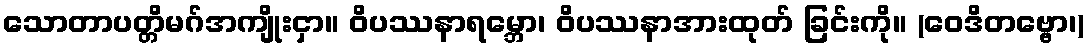
သောတာပတ္တိမဂ်အကျိုးငှာ။ ဝိပဿနာရမ္ဘော၊ ဝိပဿနာအားထုတ် ခြင်းကို။ (ဝေဒိတဗ္ဗော၊)